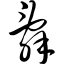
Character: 辞